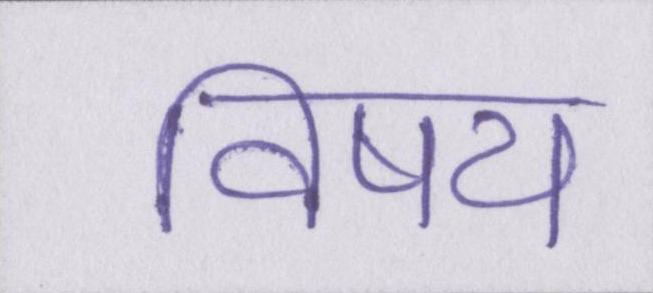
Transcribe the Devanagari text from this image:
विषय